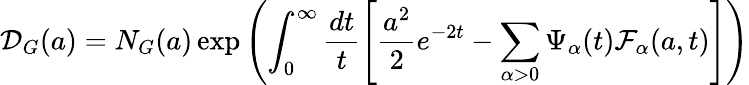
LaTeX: \mathcal{D}_{G}(a)=N_{G}(a)\exp\left(\int_{0}^{\infty}\frac{dt}{t}\left[\frac{a^{2}}{2}e^{-2t}-\sum_{\alpha>0}\Psi_{\alpha}(t)\mathcal{F}_{\alpha}(a,t)\right]\right)